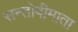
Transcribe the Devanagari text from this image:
सन्तोषीमाता